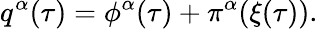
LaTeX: q^{\alpha}(\tau)=\phi^{\alpha}(\tau)+\pi^{\alpha}(\xi(\tau)).